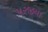
પરજીયા